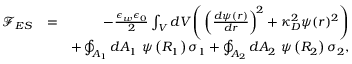
\begin{array} { r l r } { { \mathcal F } _ { E S } } & { = } & { - \frac { \epsilon _ { w } \epsilon _ { 0 } } { 2 } \int _ { V } d V \Bigg ( \left( \frac { d \psi ( r ) } { d r } \right) ^ { \! 2 } + \kappa _ { D } ^ { 2 } \psi ( r ) ^ { 2 } \Bigg ) } \\ & { } & { + \oint _ { A _ { 1 } } d A _ { 1 } ~ \psi \left( R _ { 1 } \right) \sigma _ { 1 } + \oint _ { A _ { 2 } } d A _ { 2 } ~ \psi \left( R _ { 2 } \right) \sigma _ { 2 } , } \end{array}